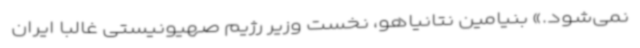
نمی‌شود.» بنیامین نتانیاهو، نخست وزیر رژیم صهیونیستی غالباً ایران